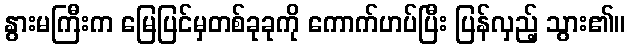
နွားမကြီးက မြေပြင်မှတစ်ခုခုကို ကောက်ဟပ်ပြီး ပြန်လှည့် သွား၏။